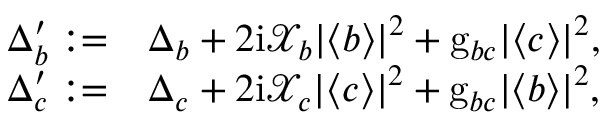
\begin{array} { r l } { \Delta _ { b } ^ { \prime } : = } & { \Delta _ { b } + 2 \mathrm { i } \mathcal { X } _ { b } | \langle b \rangle | ^ { 2 } + \mathrm { g } _ { b c } | \langle c \rangle | ^ { 2 } , } \\ { \Delta _ { c } ^ { \prime } : = } & { \Delta _ { c } + 2 \mathrm { i } \mathcal { X } _ { c } | \langle c \rangle | ^ { 2 } + \mathrm { g } _ { b c } | \langle b \rangle | ^ { 2 } , } \end{array}